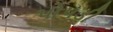
પોપડી